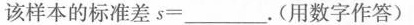
该样本的标准差$$s = ___$$.(用数字作答)